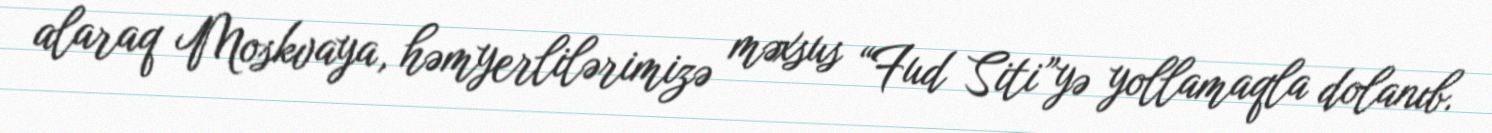
alaraq Moskvaya, həmyerlilərimizə məxsus “Fud Siti”yə yollamaqla dolanıb.